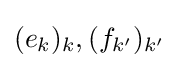
(e_{k})_{k},(f_{k'})_{k'}